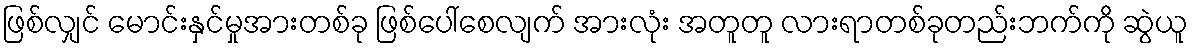
ဖြစ်လျှင် မောင်းနှင်မှုအားတစ်ခု ဖြစ်ပေါ်စေလျက် အားလုံး အတူတူ လားရာတစ်ခုတည်းဘက်ကို ဆွဲယူ